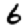
Digit: 6